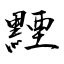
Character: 黫